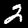
Digit: 2